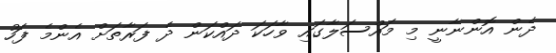
ދެން އޮންނާނީ މި މައްސަލާގައި ވާހަކަ ދައްކަން ދެ ފަރާތަށް އެންމެ ފަހު